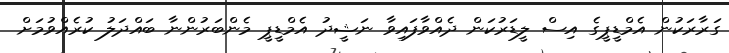
ގަރާރަކުން އެމްޑީޕީގެ އިސް ލީޑަރުކަން ދެއްވާފައިވާ ނަޝީދު އެމްޑީޕީ މެންބަރުންނާ ބައްދަލު ކުރެއްވުމަށް